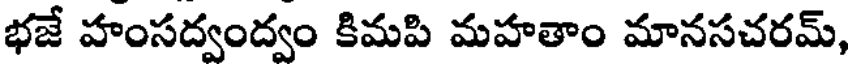
భజే హంసద్వంద్వం కిమపి మహతాం మానసచరమ్,